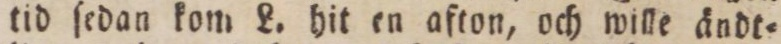
tid ſedan kom L. hit en afton, och wille ändt=